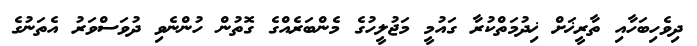
ދިވެހިބަހާއި ތާރީޚަށް ޚިދުމަތްކުރާ ގައުމީ މަޖުލީހުގެ މެންބަރެއްގެ ގޮތުން ހުންނެވި ދުވަސްވަރު އެތަނުގެ